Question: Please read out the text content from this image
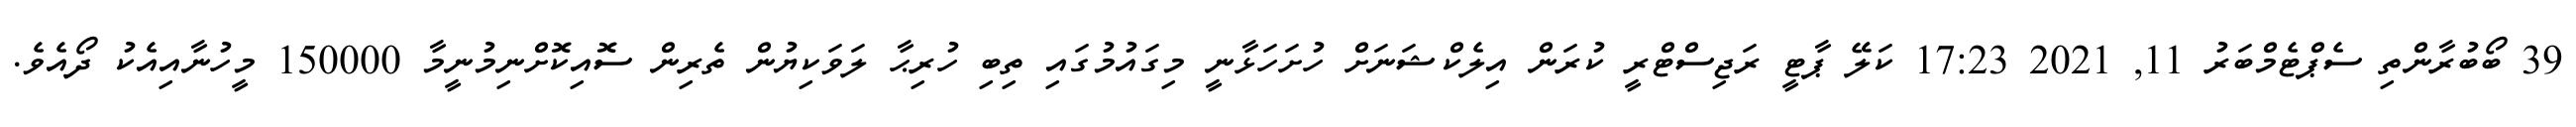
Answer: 39 ބޯބުރާންތި ސެޕްޓެމްބަރު 11, 2021 17:23 ކަލޭ ޕާޓީ ރަޖިސްޓްރީ ކުރަން އިލެކްޝަނަށް ހުށަހަޅާނީ މިގައުމުގައި ތިބި ހުރިޙާ ލަވަކިޔުން ތެރިން ސޮއިކޮށްނިމުނީމާ 150000 މީހުނާއިއެކު ދޯއެވެ.